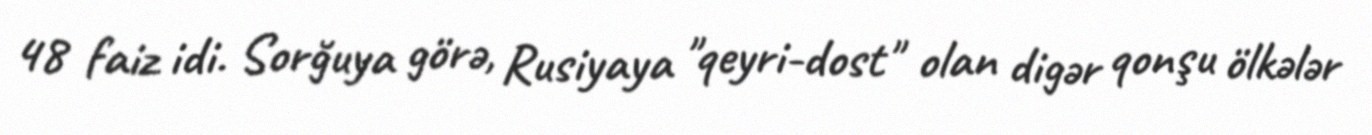
48 faiz idi. Sorğuya görə, Rusiyaya "qeyri-dost" olan digər qonşu ölkələr